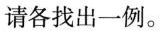
请各找出一例。